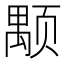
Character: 颙